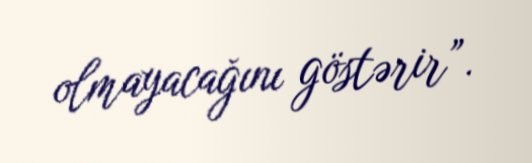
olmayacağını göstərir”.